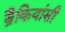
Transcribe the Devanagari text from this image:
ब्रैकियांसी